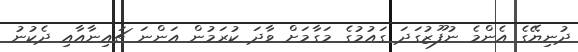
ދުނިޔޭގެ އެންމެ ނުފޫޒުގަދަ ގައުމުގެ މަގާމަށް ވާދަ ކުރަމުން އަންނަ ޗައިނާއާއި ދެކުނު